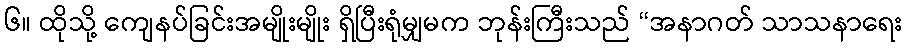
၆။ ထိုသို့ ကျေနပ်ခြင်းအမျိုးမျိုး ရှိပြီးရုံမျှမက ဘုန်းကြီးသည် “အနာဂတ် သာသနာရေး